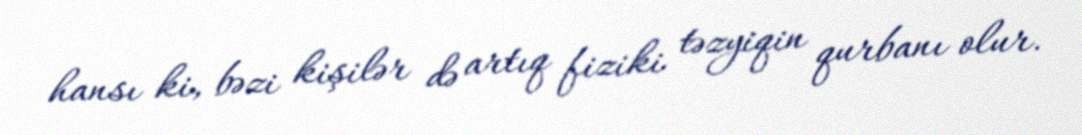
hansı ki, bəzi kişilər də artıq fiziki təzyiqin qurbanı olur.